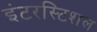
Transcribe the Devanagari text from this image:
इंटरस्टिशल